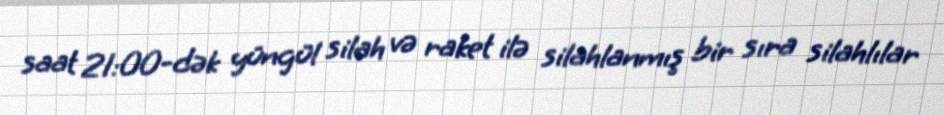
saat 21:00-dək yüngül silah və raket ilə silahlanmış bir sıra silahlılar